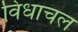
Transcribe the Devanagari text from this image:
विंधाचल